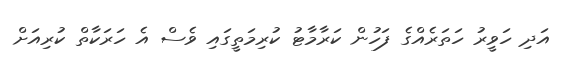
އަދި ހަވީރު ހަތަރެއްގެ ފަހުން ކަރާމާޓު ކުރިމަތީގައި ވެސް އެ ހަރަކާތް ކުރިއަށް